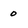
Character: 0